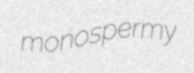
monospermy